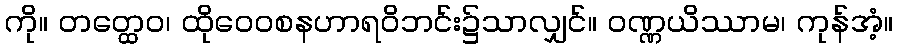
ကို။ တတ္ထေဝ၊ ထိုဝေဝစနဟာရဝိဘင်း၌သာလျှင်။ ဝဏ္ဏယိဿာမ၊ ကုန်အံ့။